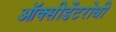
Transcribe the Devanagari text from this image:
ऑक्सीडेंटरोधी